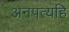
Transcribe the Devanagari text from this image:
अनपत्यहि